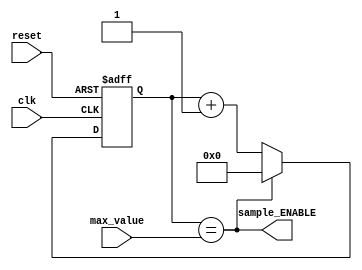
`timescale 1ns / 1ps
//////////////////////////////////////////////////////////////////////////////////
// Company: 
// Engineer: 
// 
// Design Name: 
// Module Name: sampleGenerate
// Project Name: 
// Target Devices: 
// Tool Versions: 
// Description: 
// 
// Dependencies: 
// 
// Revision:
// Revision 0.01 - File Created
// Additional Comments:
// 
//////////////////////////////////////////////////////////////////////////////////


module sampleGenerate(clk, reset, max_value, sample_ENABLE);
    
    input clk, reset;
    input [15:0] max_value;
    output sample_ENABLE;
    reg [15:0] count;
    wire sample_ENABLE;
    
    always@(posedge clk or posedge reset)
    begin
    if (reset)
        count <= 16'b0;
    else if(count == max_value)
        count <= 16'b0;
    else
        count <= count + 1;
    end
    
    assign sample_ENABLE = (count == max_value);
        
    
endmodule